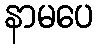
နာမပေ